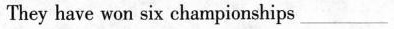
They have won six championships ___